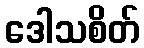
ဒေါသစိတ်